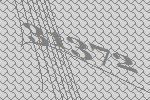
31372